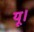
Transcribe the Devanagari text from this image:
यू।